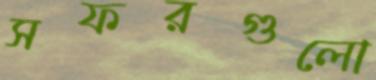
সফরগুলো